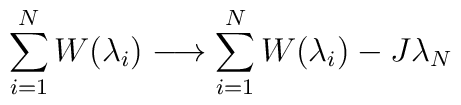
\sum_{i=1}^{N} W(\lambda_{i}) \longrightarrow\sum_{i=1}^{N} W(\lambda_{i}) - J \lambda_{N}